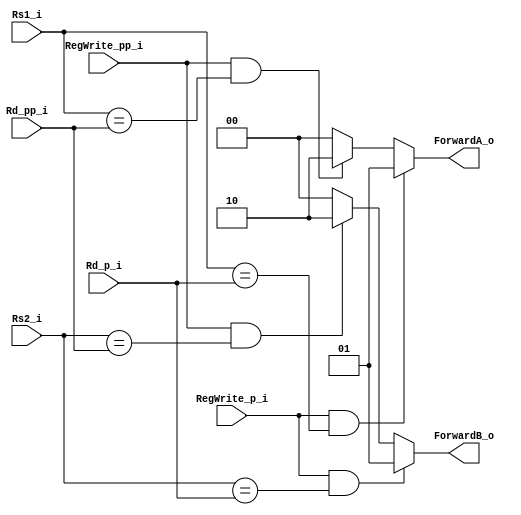
module Forwarding_Unit(Rs1_i,Rs2_i,RegWrite_p_i,Rd_p_i,RegWrite_pp_i,Rd_pp_i,ForwardA_o,ForwardB_o);
input[4:0]Rs1_i,Rs2_i,Rd_p_i,Rd_pp_i;
input RegWrite_p_i,RegWrite_pp_i;
output[1:0]ForwardA_o,ForwardB_o;
assign ForwardA_o=(RegWrite_p_i==1'b1 && Rs1_i==Rd_p_i)? 2'b01:
				  (RegWrite_pp_i==1'b1 && Rs1_i==Rd_pp_i)? 2'b10:
				  2'b00;
assign ForwardB_o=(RegWrite_p_i==1'b1 && Rs2_i==Rd_p_i)? 2'b01:
				  (RegWrite_pp_i==1'b1 && Rs2_i==Rd_pp_i)? 2'b10:
				  2'b00;
endmodule